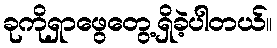
ခုကိုရှာဖွေတွေ့ရှိခဲ့ပါတယ်။